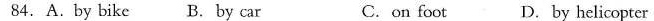
84.A.By bike B.By car C. on foot D.By helicopter